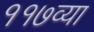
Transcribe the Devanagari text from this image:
११७व्या